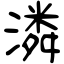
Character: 潾